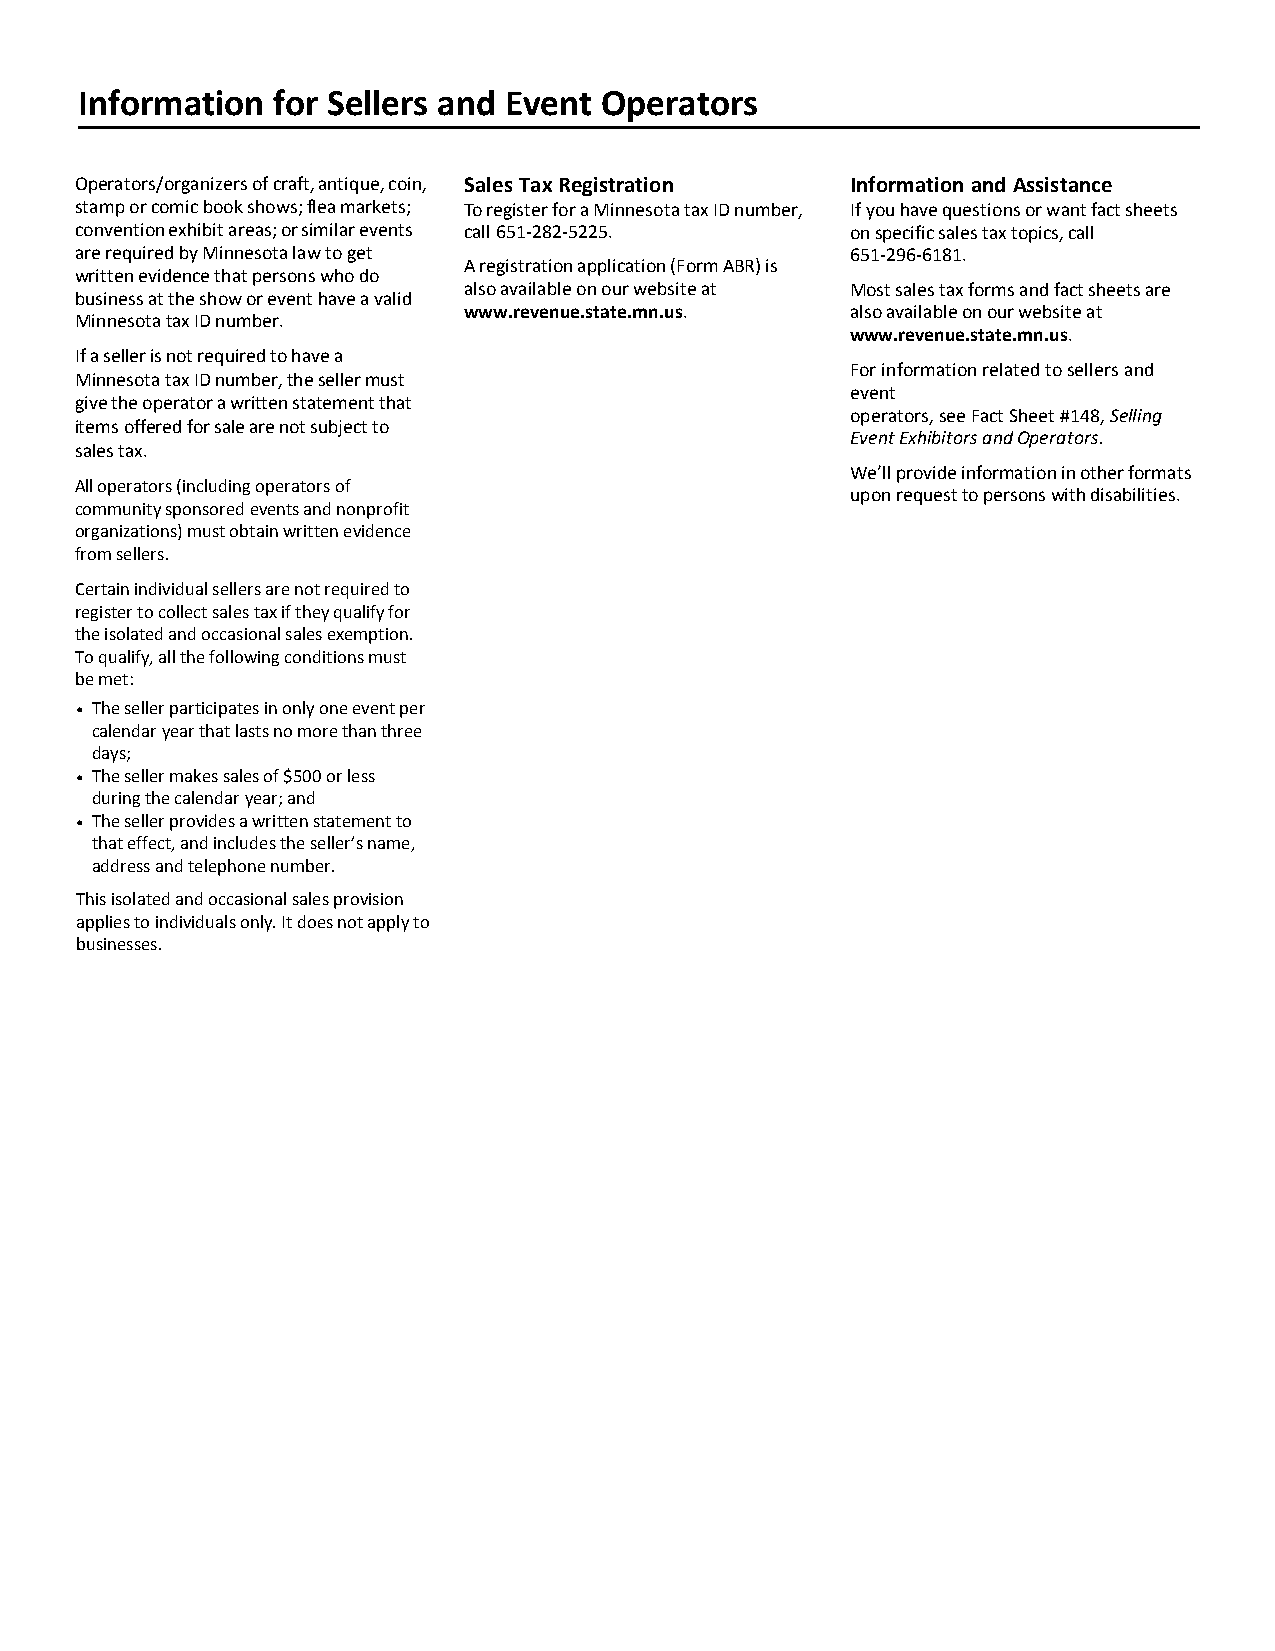
Information  for Sellers and Event Operators
 Operators/organizers of craft, antique, coin, Sales Tax Registration Information and Assistance
 stamp or comic book shows; flea markets; To register for a Minnesota tax ID number, If you have questions or want fact sheets
 convention exhibit areas; or similar events call 651-282-5225. on specific sales tax topics, call
 are required by Minnesota law to get               651-296-6181.
 A registration application (Form ABR) is
 written evidence that persons who do
 also available on our website at Most sales tax forms and fact sheets are
 business at the show or event have a valid
 www.revenue.state.mn.us. also available on our website at
 Minnesota tax ID number.
 www.revenue.state.mn.us.
 If a seller is not required to have a
 For information related to sellers and
 Minnesota tax ID number, the seller must
 event
 give the operator a written statement that
 operators, see Fact Sheet #148, Selling
 items offered for sale are not subject to
 Event Exhibitors and Operators.
 sales tax.
 We’ll provide information in other formats
 All operators (including operators of
 upon request to persons with disabilities.
 community sponsored events and nonprofit
 organizations) must obtain written evidence
 from sellers.
 Certain individual sellers are not required to
 register to collect sales tax if they qualify for
 the isolated and occasional sales exemption.
 To qualify, all the following conditions must
 be met:
 • The seller participates in only one event per
 calendar year that lasts no more than three
 days;
 • The seller makes sales of $500 or less
 during the calendar year; and
 • The seller provides a written statement to
 that effect, and includes the seller’s name,
 address and telephone number.
 This isolated and occasional sales provision
 applies to individuals only. It does not apply to
 businesses.